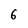
Character: 6